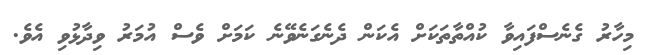
މިހާރު ގެނެސްފައިވާ ކުއްތާތަކަށް އެކަން ދެނެގަނެވޭނެ ކަމަށް ވެސް އުމަރު ވިދާޅުވި އެވެ.